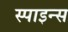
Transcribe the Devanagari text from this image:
स्पाइन्स